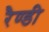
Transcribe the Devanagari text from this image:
रैण्डी